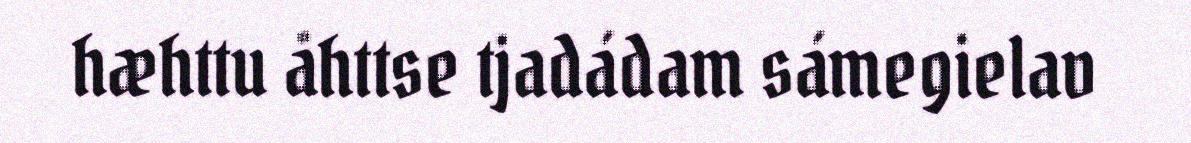
hæhttu åhttse tjadádam sámegielav